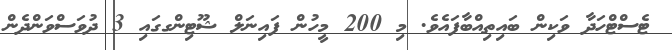
ޓެސްޓްހަދާ ވަކިން ބައިތިއްބާފައެވެ. މި 200 މީހުން ފައިނަލް ޝޫޓިންގގައި 3 ދުވަސްވަންދެން